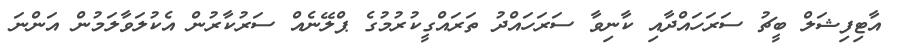
އާޓިފިޝަލް ބީޗު ސަރަހައްދާއި ކާނިވާ ސަރަހައްދު ތަރައްގީކުރުމުގެ ޕްލޭނެއް ސަރުކާރުން އެކުލަވާލަމުން އަންނަ